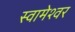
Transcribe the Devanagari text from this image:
स्वामेश्वर